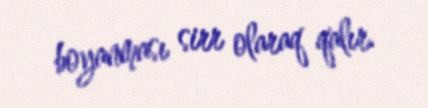
boyanması sirr olaraq qalır.